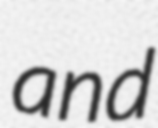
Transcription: and